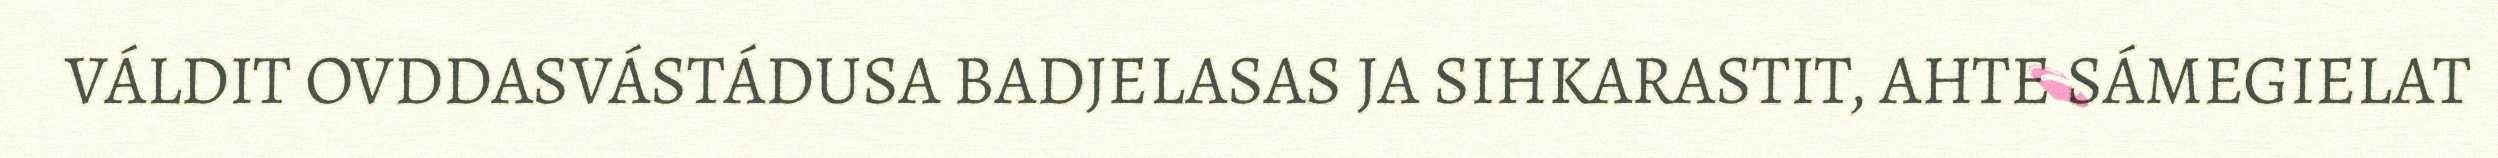
VÁLDIT OVDDASVÁSTÁDUSA BADJELASAS JA SIHKARASTIT, AHTE SÁMEGIELAT